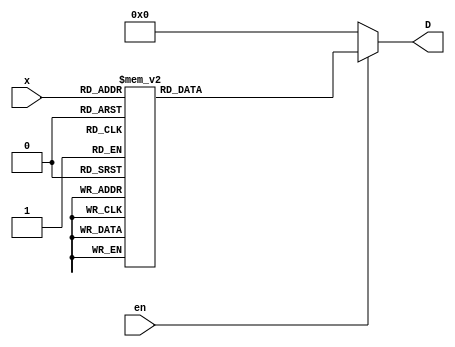
module Decoder(x, D, en);
	input [2:0]	x;
	input		en;
	output[7:0]	D;

	reg [7:0]		D;

	always @ (en or x)
	begin
		D = 8'h00;
		if(en) begin
			case(x)
				3'h0 : D = 8'h01;
				3'h1 : D = 8'h02;
				3'h2 : D = 8'h04;
				3'h3 : D = 8'h08;
				3'h4 : D = 8'h10;
				3'h5 : D = 8'h20;
				3'h6 : D = 8'h40;
				3'h7 : D = 8'h80;
			endcase
		end
	end 
endmodule